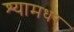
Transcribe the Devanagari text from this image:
श्यामधर